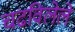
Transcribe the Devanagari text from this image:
चढविलेले